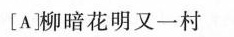
[A]柳暗花明又一村